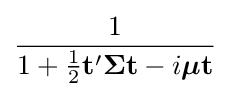
{\frac {1}{1+{\tfrac {1}{2}}\mathbf {t} '{\boldsymbol {\Sigma }}\mathbf {t} -i{\boldsymbol {\mu }}\mathbf {t} }}